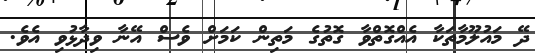
ދޭ މައުލޫމާތަކާ އެއްގޮތްވާ ގޮތުގެ މަތިން ކަމަށް ވެސް އޭނާ ވިދާޅުވި އެވެ.